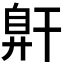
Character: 𰯶